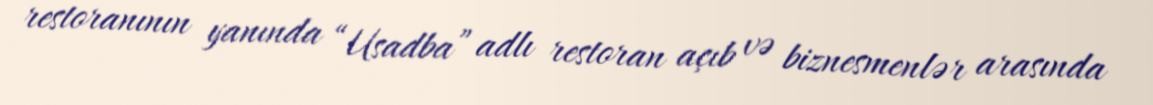
restoranının yanında “Usadba” adlı restoran açıb və biznesmenlər arasında